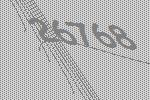
26768